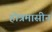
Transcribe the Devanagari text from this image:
होत्रमासीनं